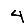
Digit: 4